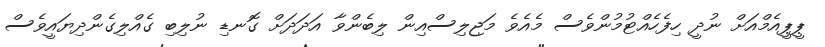
ޕީޕީއެމްއަށް ނުދީ ހިފެހެއްޓުމުންވެސް މެއެވެ މަޖިލިސްއިން ލިބެންވާ އަދަދަށް ގޮނޑި ނުލިބި ގެއްލިގެންދިޔައީވެސް